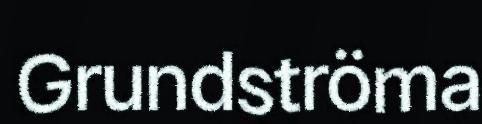
Grundströma